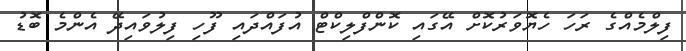
ފިލްމެއްގެ ރަހަ ހެޔޮވަރުކޮށް އޭގައި ކޮންފްލިކްޓް އުފައްދައި ފޫހި ފިލުވައިދޭ އެންމެ ބޮޑު